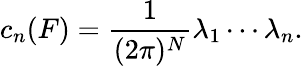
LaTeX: c_{n}(F)=\frac{1}{(2\pi)^{N}}\lambda_{1}\cdots\lambda_{n}.